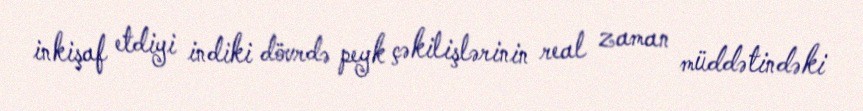
inkişaf etdiyi indiki dövrdə peyk çəkilişlərinin real zaman müddətindəki